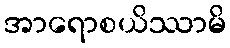
အာရောစယိဿာမိ